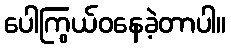
ပေါကြွယ်ဝနေခဲ့တာပါ။